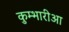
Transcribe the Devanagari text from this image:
कुम्भारीआ